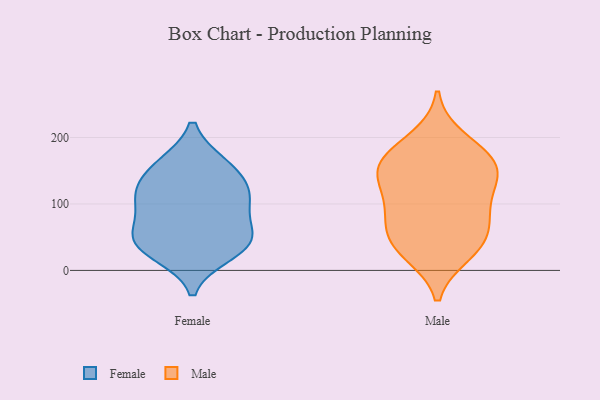
{"axis": {"x": "Waste Production (Tons)", "y": "Value"}, "legend": ["Female", "Male"], "data": [{"x": "", "y": 44, "type": "Female"}, {"x": "", "y": 158, "type": "Female"}, {"x": "", "y": 62, "type": "Female"}, {"x": "", "y": 100, "type": "Female"}, {"x": "", "y": 110, "type": "Female"}, {"x": "", "y": 110, "type": "Female"}, {"x": "", "y": 159, "type": "Female"}, {"x": "", "y": 45, "type": "Female"}, {"x": "", "y": 40, "type": "Female"}, {"x": "", "y": 26, "type": "Female"}, {"x": "", "y": 130, "type": "Female"}, {"x": "", "y": 34, "type": "Male"}, {"x": "", "y": 84, "type": "Male"}, {"x": "", "y": 40, "type": "Male"}, {"x": "", "y": 153, "type": "Male"}, {"x": "", "y": 124, "type": "Male"}, {"x": "", "y": 175, "type": "Male"}, {"x": "", "y": 57, "type": "Male"}, {"x": "", "y": 161, "type": "Male"}, {"x": "", "y": 153, "type": "Male"}, {"x": "", "y": 104, "type": "Male"}, {"x": "", "y": 80, "type": "Male"}, {"x": "", "y": 149, "type": "Male"}, {"x": "", "y": 26, "type": "Male"}, {"x": "", "y": 198, "type": "Male"}]}